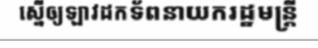
ស្នើឲ្យឡាវដកទ័ពនាយករដ្ឋមន្ត្រី